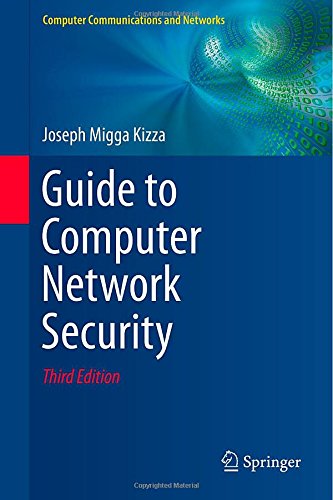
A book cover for Guide to Computer Network Security (Computer Communications and Networks); Joseph Migga Kizza; Computers & Technology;